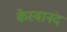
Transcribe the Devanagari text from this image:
केस्वानंद